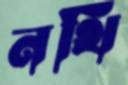
নথি